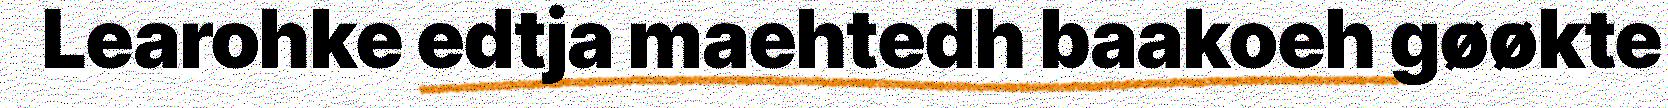
Learohke edtja maehtedh baakoeh gøøkte